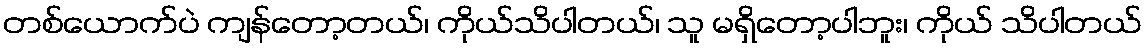
တစ်ယောက်ပဲ ကျန်တော့တယ်၊ ကိုယ်သိပါတယ်၊ သူ မရှိတော့ပါဘူး၊ ကိုယ် သိပါတယ်